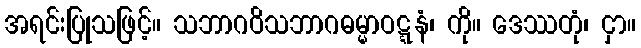
အရင်းပြုသဖြင့်။ သဘာဂဝိသဘာဂဓမ္မာဝဋ္ဋနံ၊ ကို။ ဒေဿတုံ၊ ငှာ။